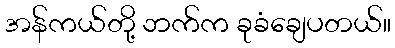
အန်ကယ်တို့ ဘက်က ခုခံချေပတယ်။